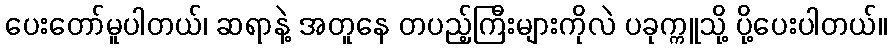
ပေးတော်မူပါတယ်၊ ဆရာနဲ့ အတူနေ တပည့်ကြီးများကိုလဲ ပခုက္ကူသို့ ပို့ပေးပါတယ်။